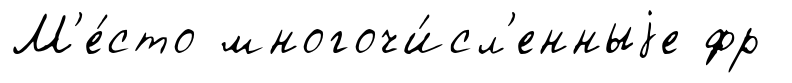
М'е́сто многочи́сл'енныjе фр